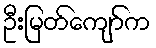
ဦးမြတ်ကျော်က